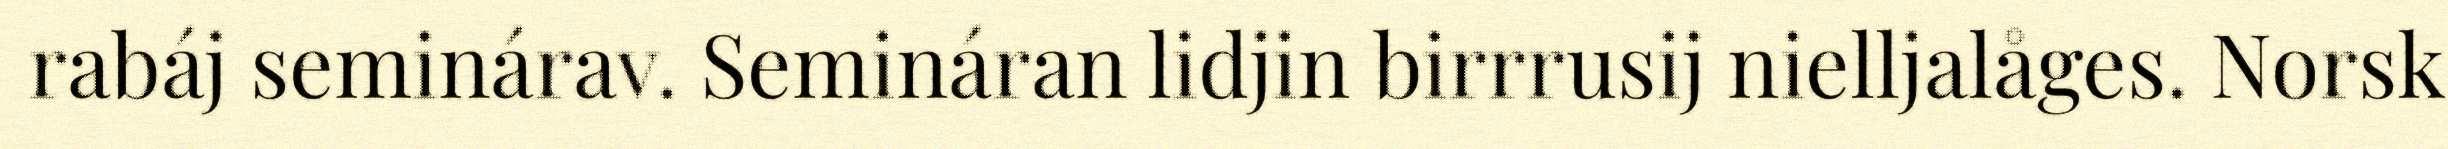
rabáj seminárav. Semináran lidjin birrrusij nielljalåges. Norsk